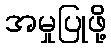
အမှုပြုဖို့